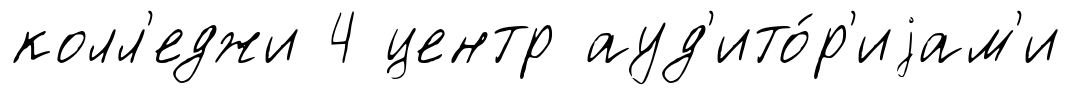
колл'еджи 4 центр ауд'ито́р'иjам'и